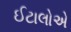
ઈટાલોએ